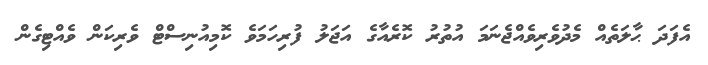
އެފަދަ ޙާލަތެއް މެދުވެރިވެއްޖެނަމަ އުތުރު ކޮރެއާގެ އަޖަލު ފުރިހަމަވެ ކޮމިއުނިސްޓް ވެރިކަން ވެއްޓިގެން